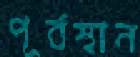
পূর্বস্থান